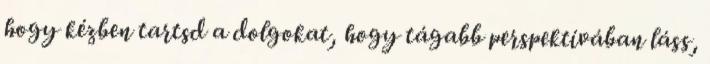
hogy kézben tartsd a dolgokat, hogy tágabb perspektívában láss,